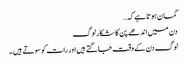
گمان ہوتا ہے کہ…
دن میں اندھے پن کا شکار لوگ
لوگ دن کے وقت جاگتے ہیں اور رات کو سوتے ہیں ۔